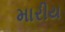
મારીય